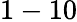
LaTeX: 1-10